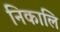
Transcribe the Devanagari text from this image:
निकालि